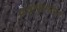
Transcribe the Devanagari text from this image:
प्रचारसभांना